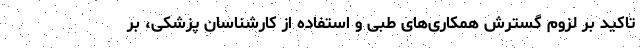
تاکید بر لزوم گسترش همکاری‌های طبی و استفاده از کارشناسان پزشکی، بر